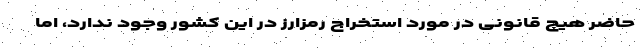
حاضر هیچ قانونی در مورد استخراج رمزارز در این کشور وجود ندارد، اما